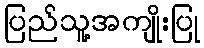
ပြည်သူ့အကျိုးပြု